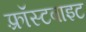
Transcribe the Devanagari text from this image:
फ़्रॉस्टबाइट